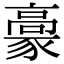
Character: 𩫕